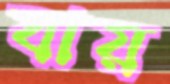
যায়